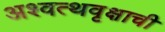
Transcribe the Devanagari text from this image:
अश्वत्थवृक्षाची